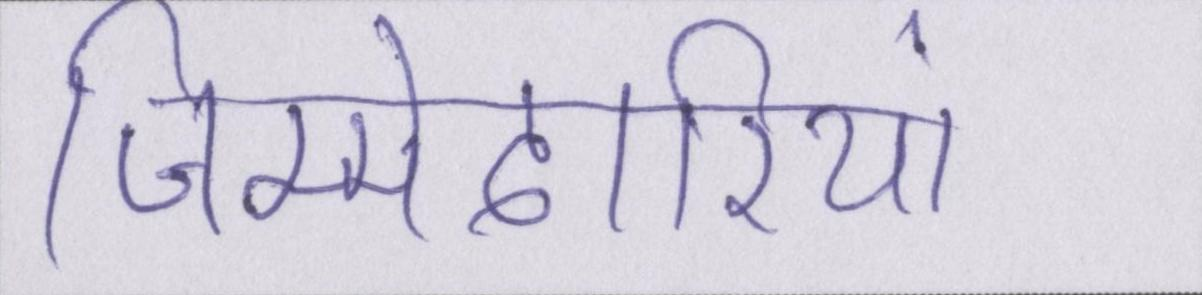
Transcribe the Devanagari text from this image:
जिम्मेदारियां